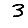
Digit: 3